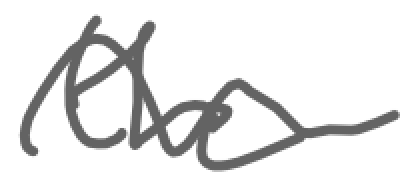
Text: the
Cross-out: wave
Writing tool: digital_gray